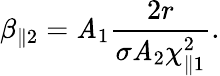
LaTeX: \beta_{\parallel2}=\mathit{A}_{1}\frac{{2r}}{{\sigma\mathit{A}_{2}\chi_{\parallel1}^{2}}}.